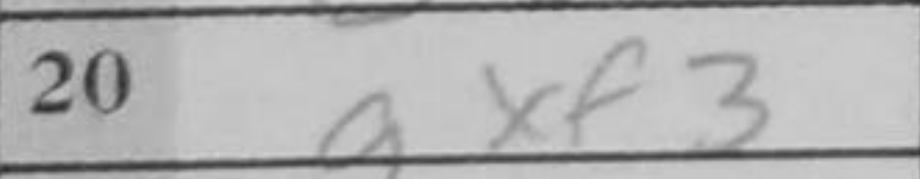
Transcription: gxf3